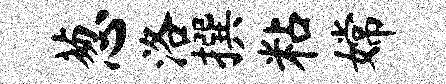
葱洛撰粘嫦